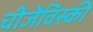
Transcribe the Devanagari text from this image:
चीजेविस्की